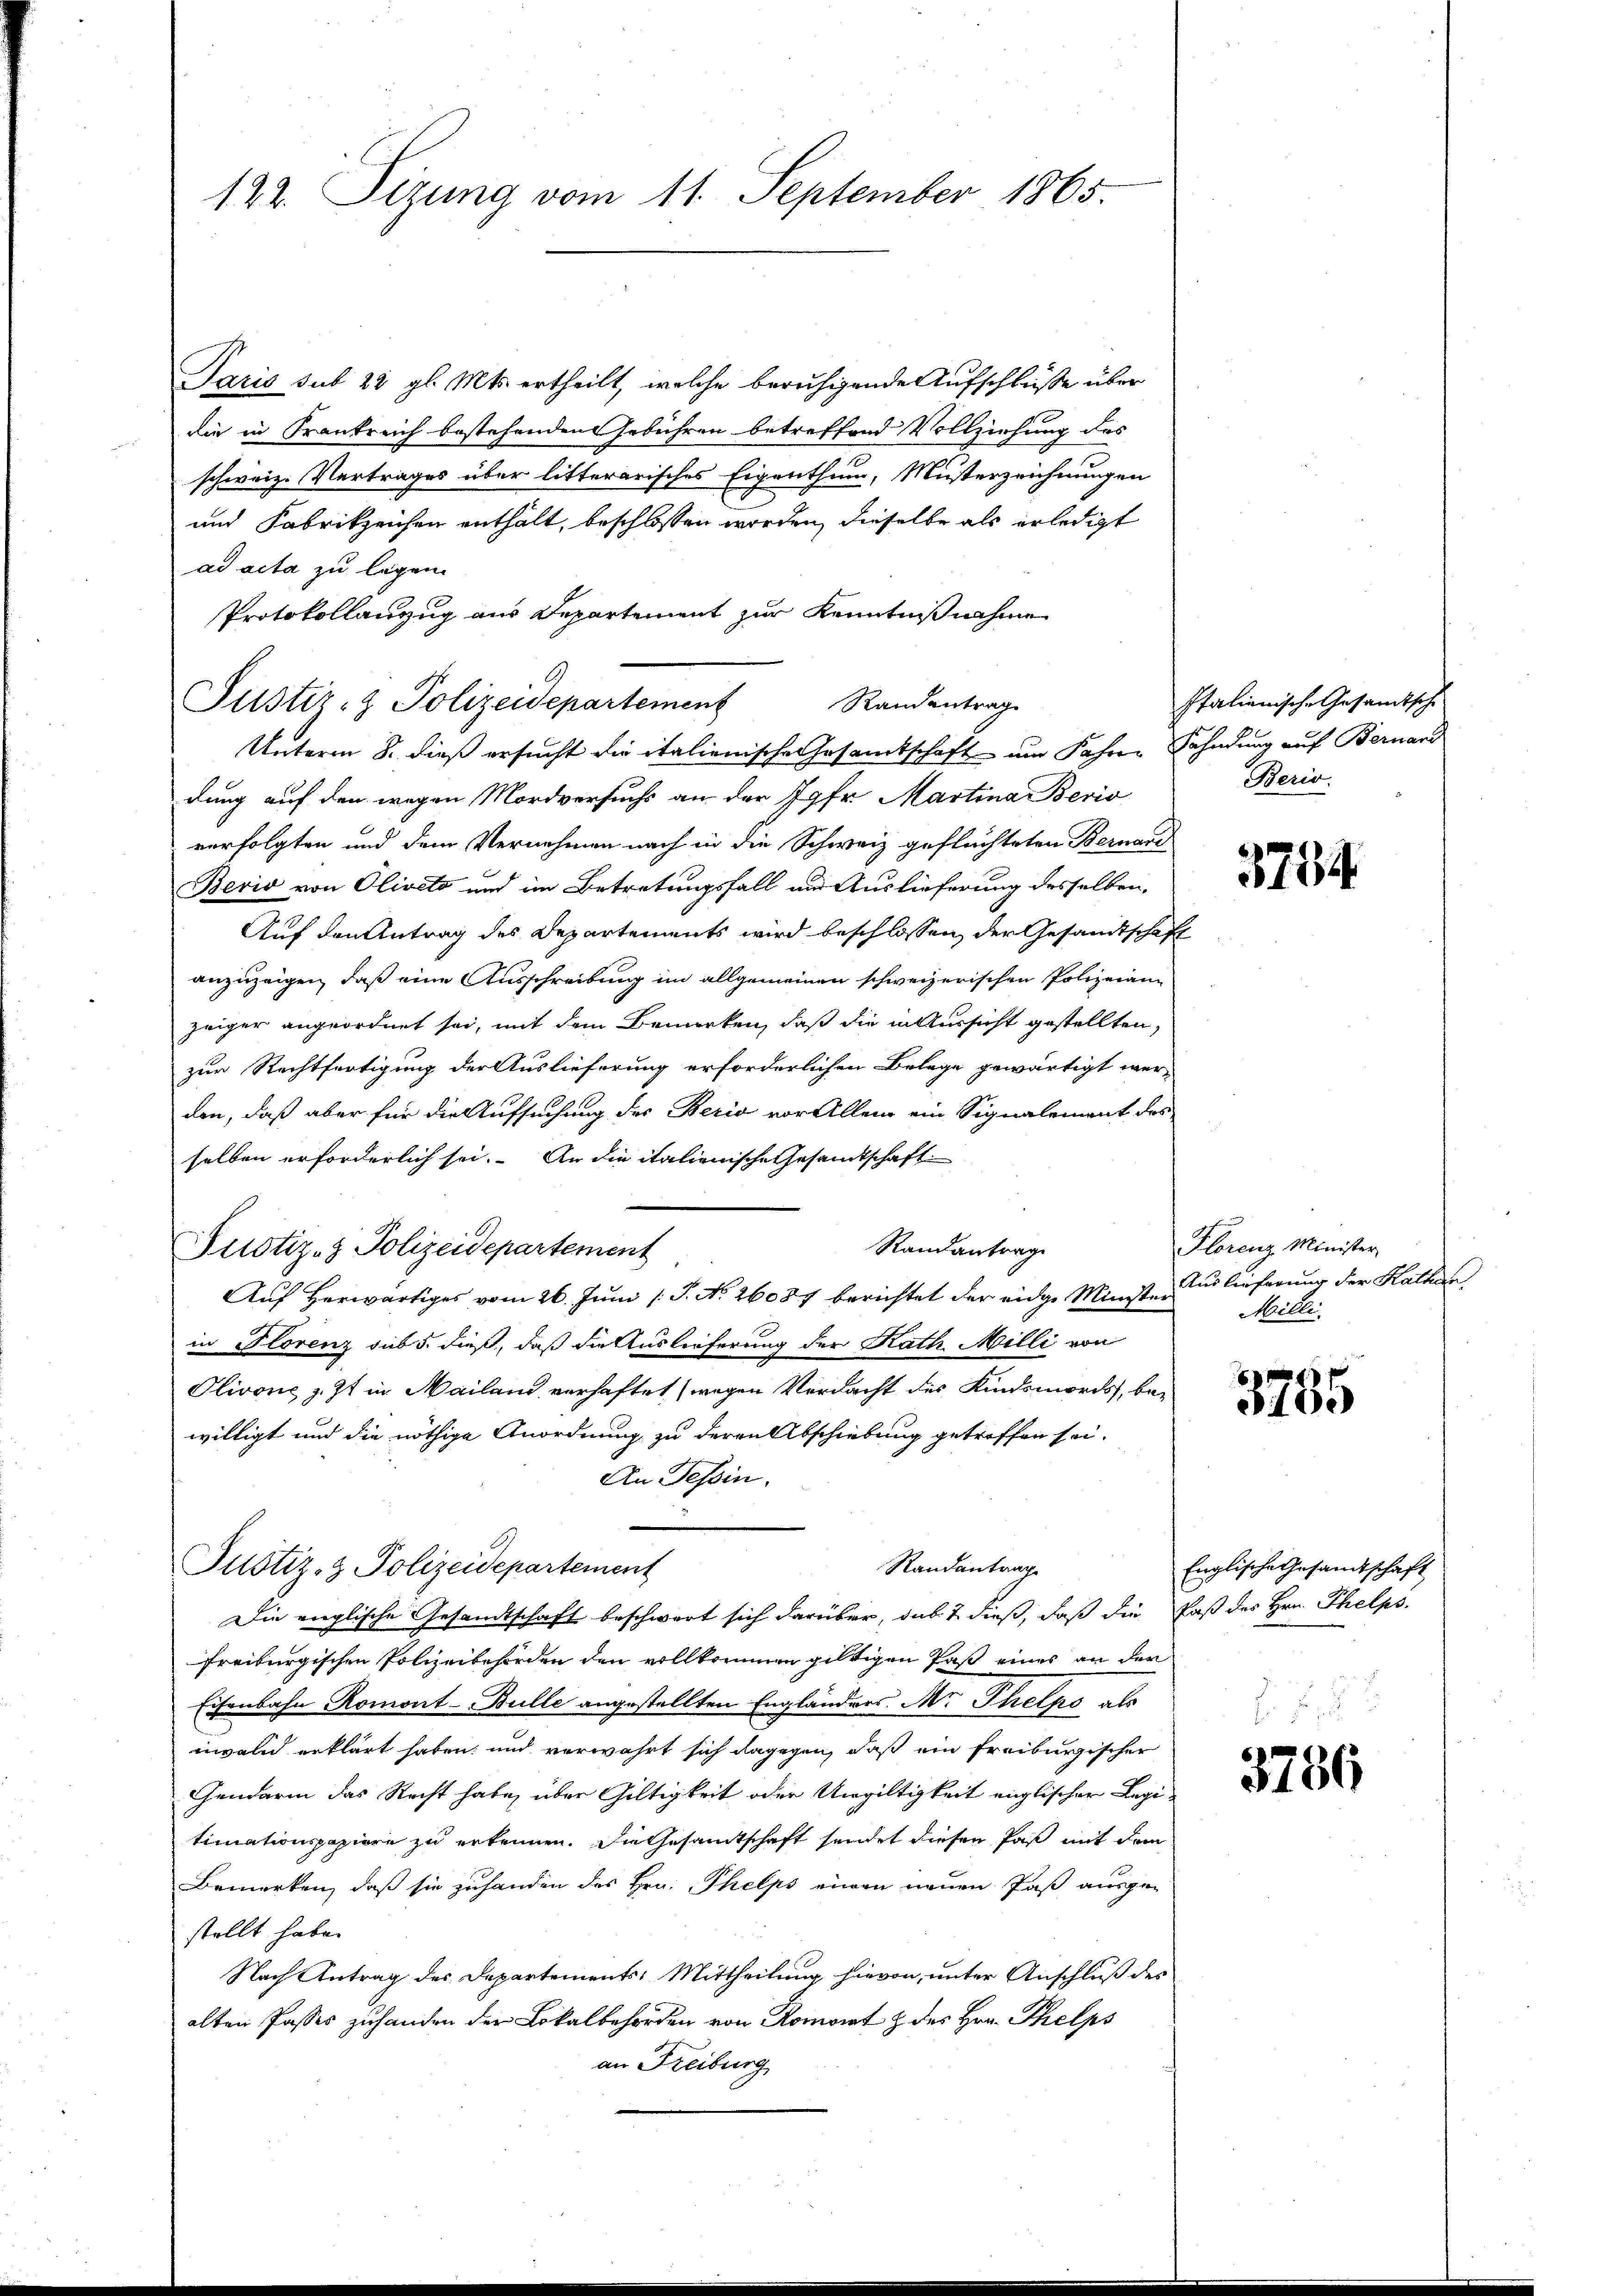
122. Sizung vom 11. September 1865.

Paris sub 22 gl. Mts. ertheilt, welche beruhigende Aufschlüsse über
die in Krankreich bestehenden Gebühren betreffend Vollziehung des
schweiz. Vertrages über litterarisches Eigenthum, Musterzeichnungen
und Fabrikzeichen enthält, beschlossen worden, dieselbe als erledigt
ad acta zu legen.
Protokollanzug aus Departement zur Kenntnißnahme
dung auf den wegen Mordversuchs an der 79fr. Martina Berio
verfolgten und dem Vernehmen nach in die Schweiz geflüchteten Bernard
Berio von Oliveto und im Betretungsfall und Auslieferung desselben,
Auf den Antrag des Departements wird beschlossen, der Gesandtschaft
anzuzeigen, daß eine Ausschreibung im allgemeinen schweizerischen Polizeianzeiger angeordnet sei, mit dem Bemerken, daß die in Aussicht gestellten,
zur Rechtfertigung der Auslieferung erforderlichen Belege gewärtigt werden, daß aber für die Aufsuchung des Berio vor Allem ein Signalement des
selben erforderlich sei. An die italienische Gesamtschaft
Randantrag
Justiz- & Polizeidepartement
Auf herwärtiges vom 26. Juni /: P. No. 26087 berichtet der eidge Minister Auslieferung der Kathes
in Florenz sub 5. dieß, daß die Auslieferung der Rath Milli von
Olivone z. Zt. in Mailand verhaftet (wegen Verdacht des Kindsmords, be-
willigt und die nöthige Anordnung zu deren Abschiebung getroffen sei.
An Tessin.
Randantrage
Justiz- & Polizeidepartement
Die englische Gesandtschaft beschwert sich darüber, daß 2 dieß, daß die Paß des Hrn. Thelps.
freiburgischen Polizeibehörden den vollkommen giltigen Paß eines an der
Eisenbahn Romont-Bulle angestellten Engländers Nr Thelpo, als
invalid erklärt haben, und verwahrt sich dagegen, daß ein freiburgischer
Gendarm das Recht habe, über Gültigkeit oder Ungültigkeit englischer Legi-
timationspapiere zu erkennen. Die Gesamtschaft sendet diesen Paß mit dem
Bemerken, daß sie zuhanden des Hrn. Thelps einen neuen Paß ausge-
stellt habe.
Nach Antrag des Departements: Mittheilung hievon, unter Anschluß des
alten Passes zuhanden der Lokalbehörden von Romonat & des Hrn. Thelps
an Freiburg

Justiz- & Polizeidepartement

Randentrag
Unterm 8. dieß ersucht die italienische Gesamtschaft um Jahren Fahndung auf Bernand

Italienische Gesamtsche
Berio.

3734.

Florenz Minister
Milli

3755

Englische Gesandtschaft

3786